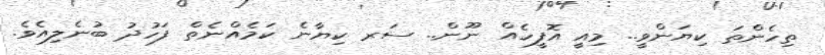
ތިހެންތަ ކިޔަންވީ.. މިއީ އޮފީހެއް ނޫން.. ސަރ ކިޔާނެ ކަމެއްނެތް ފަހުދު ބުނެލިއެވެ.